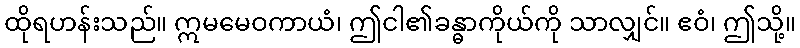
ထိုရဟန်းသည်။ ဣမမေဝကာယံ၊ ဤငါ၏ခန္ဓာကိုယ်ကို သာလျှင်။ ဧဝံ၊ ဤသို့။